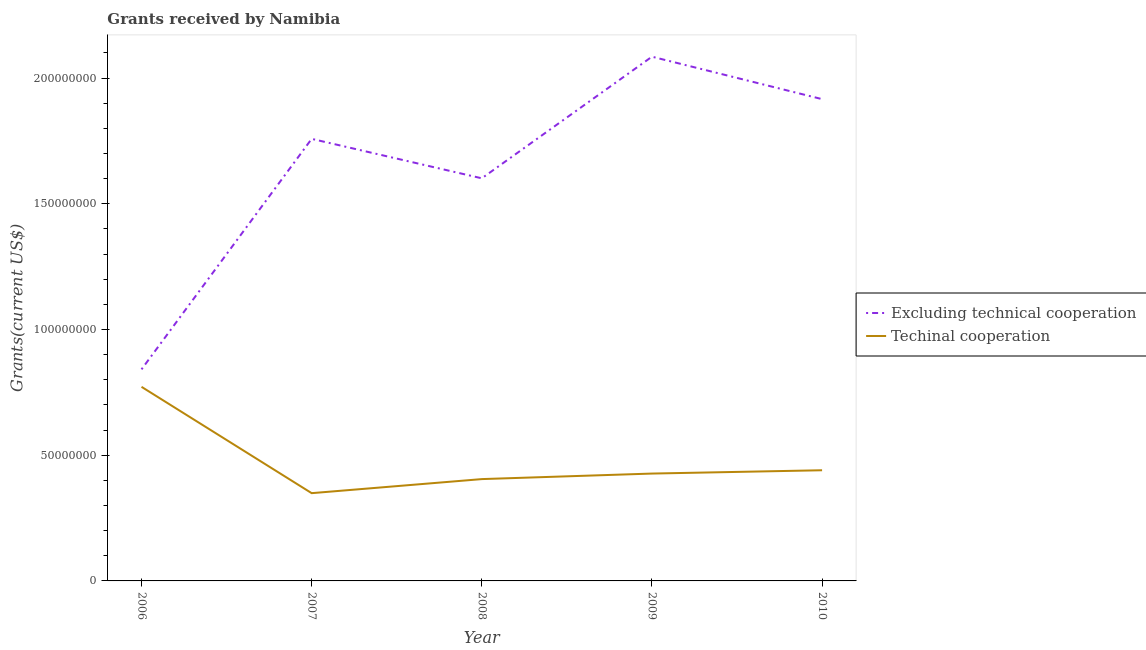
| Year | Excluding technical cooperation | Techinal cooperation |
 | --- | --- | --- |
 | 2006 | 8.42e+07 | 7.72e+07 |
 | 2007 | 1.76e+08 | 3.49e+07 |
 | 2008 | 1.6e+08 | 4.05e+07 |
 | 2009 | 2.09e+08 | 4.27e+07 |
 | 2010 | 1.92e+08 | 4.4e+07 |